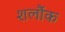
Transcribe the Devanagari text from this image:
शर्लौक